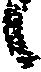
々